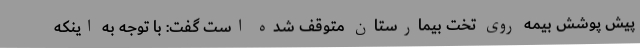
پیش پوشش بیمه روی تخت بیمارستان متوقف شده است گفت: با توجه به اینکه